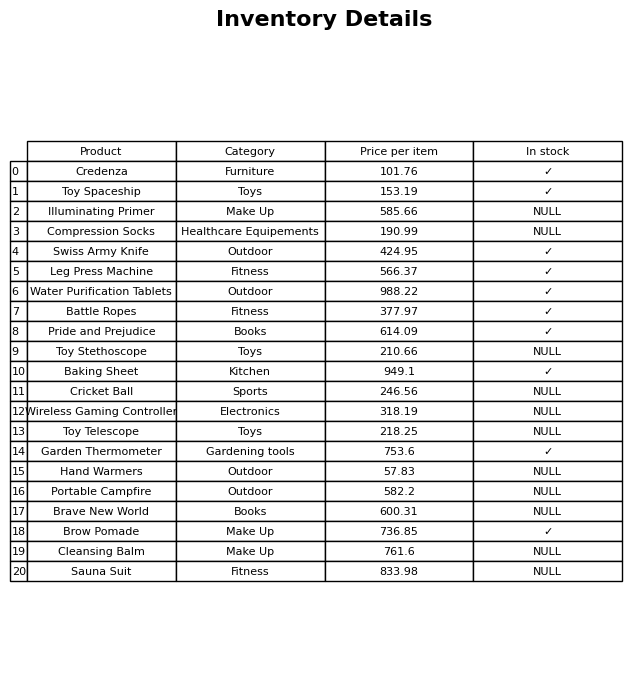
question: What is the price of the Sauna Suit?
answer: The price of Sauna Suit is 833.98.